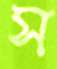
স